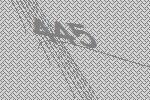
445